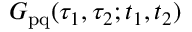
G _ { \mathrm { p q } } ( \tau _ { 1 } , \tau _ { 2 } ; t _ { 1 } , t _ { 2 } )